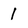
Character: 1